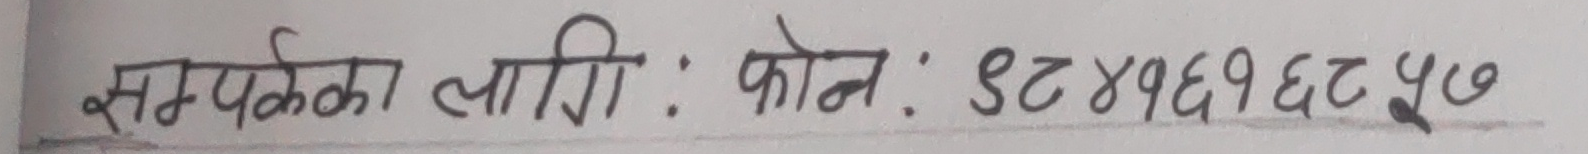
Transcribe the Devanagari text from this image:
सम्पर्कका लागि: फोन: ९८४५१६८२५७